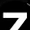
Digit: 7